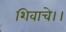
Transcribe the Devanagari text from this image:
शिवाचे।।